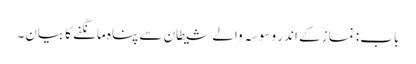
باب : نماز کے اندر وسوسہ والے شیطان سے پناہ مانگنے کا بیان۔